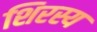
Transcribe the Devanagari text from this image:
शिरस्य